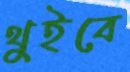
থুইবে